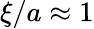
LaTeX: \xi/a\approx 1